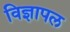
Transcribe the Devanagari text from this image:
विज्ञापल